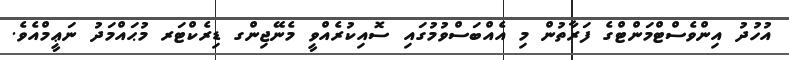
އުހުދު އިންވެސްޓްމަންޓްގެ ފަރާތުން މި އެއްބަސްވުމުގައި ސޮއިކުރެއްވީ މެނޭޖިންގ ޑިރެކްޓަރ މުޙައްމަދު ނަޢީމްއެވެ.